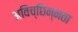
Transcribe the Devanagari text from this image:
अविच्छिन्नता